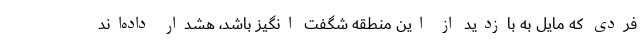
فردی که مایل به بازدید از این منطقه شگفت انگیز باشد، هشدار داده‌اند